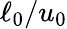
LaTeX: \ell_{0}/u_{0}